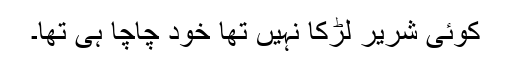
کوئی شریر لڑکا نہیں تھا خود چاچا ہی تھا۔